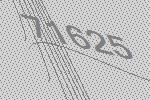
71625